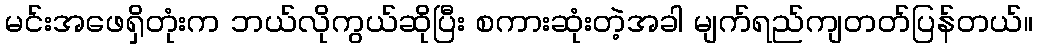
မင်းအဖေရှိတုံးက ဘယ်လိုကွယ်ဆိုပြီး စကားဆုံးတဲ့အခါ မျက်ရည်ကျတတ်ပြန်တယ်။